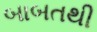
બાબતથી